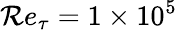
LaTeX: \mathcal{R}e_{\tau}=1\times10^{5}